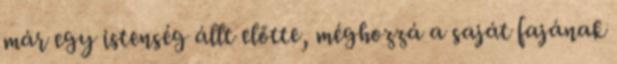
már egy istenség állt előtte, méghozzá a saját fajának